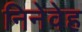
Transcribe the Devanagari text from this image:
निनेवेह